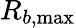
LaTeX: R_{b,\operatorname*{max}}